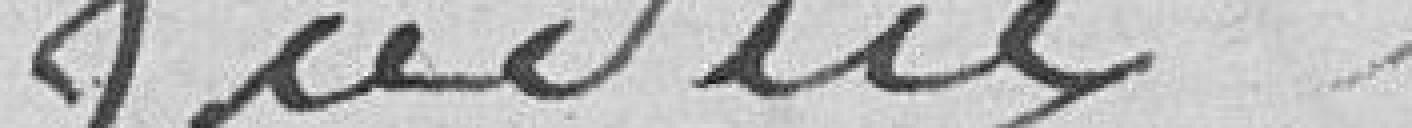
Judieu